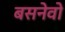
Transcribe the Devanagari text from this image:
बसनेवो